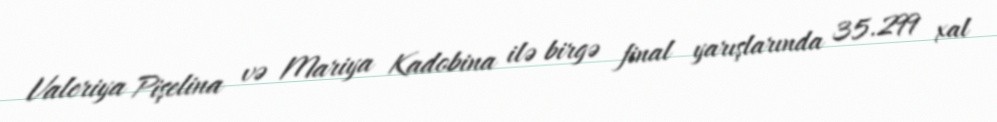
Valeriya Pişelina və Mariya Kadobina ilə birgə final yarışlarında 35.299 xal